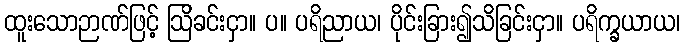
ထူးသောဉာဏ်ဖြင့် ဩိခင်းငှာ။ ပ။ ပရိညာယ၊ ပိုင်းခြား၍သိခြင်းငှာ။ ပရိက္ခယာယ၊